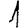
Digit: 1